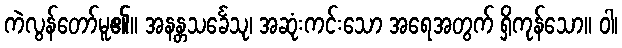
ကဲလွန်တော်မူ၏။ အနန္တသင်္ခေသု၊ အဆုံးကင်းသော အရေအတွက် ရှိကုန်သော။ ဝါ၊